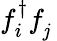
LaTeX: f_{i}^{{\dagger}}f_{\mathit{j}}^{\phantom{\dagger}}